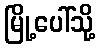
မြို့ပေါ်သို့